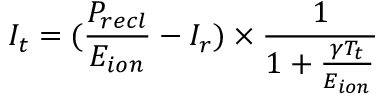
I _ { t } = ( \frac { P _ { r e c l } } { E _ { i o n } } - I _ { r } ) \times \frac { 1 } { 1 + \frac { \gamma T _ { t } } { E _ { i o n } } }